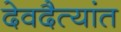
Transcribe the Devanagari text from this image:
देवदैत्यांत